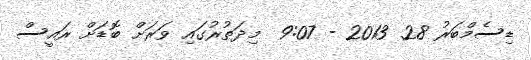
ޑިސެމްބަރު 28